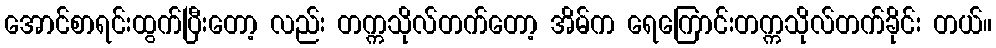
အောင်စာရင်းထွက်ပြီးတော့ လည်း တက္ကသိုလ်တက်တော့ အိမ်က ရေကြောင်းတက္ကသိုလ်တက်ခိုင်း တယ်။